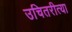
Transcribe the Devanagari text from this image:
उचितरीत्या